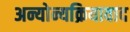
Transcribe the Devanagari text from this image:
अन्योन्यक्रियावाद